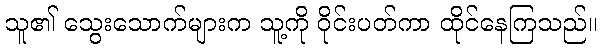
သူ၏ သွေးသောက်များက သူ့ကို ဝိုင်းပတ်ကာ ထိုင်နေကြသည်။